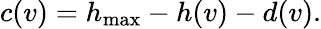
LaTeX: c(v)=h_{\mathrm{max}}-h(v)-d(v).